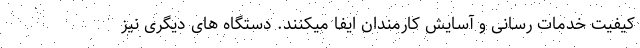
کیفیت خدمات رسانی و آسایش کارمندان ایفا میکنند. دستگاه های دیگری نیز